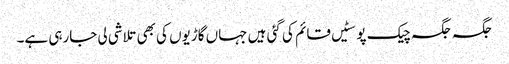
جگہ جگہ چیک پوسٹیں قائم کی گئی ہیں جہاں گاڑیوں کی بھی تلاشی لی جارہی ہے۔